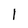
Character: l